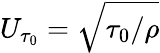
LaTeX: U_{\tau_{0}}=\sqrt{\tau_{0}/\rho}